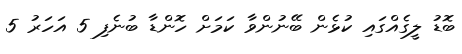
ބޮޑު ލީގެއްގައި ކުޅެން ބޭނުންވާ ކަމަށް ހޮންޑާ ބުނެފި 5 އަހަރު 5